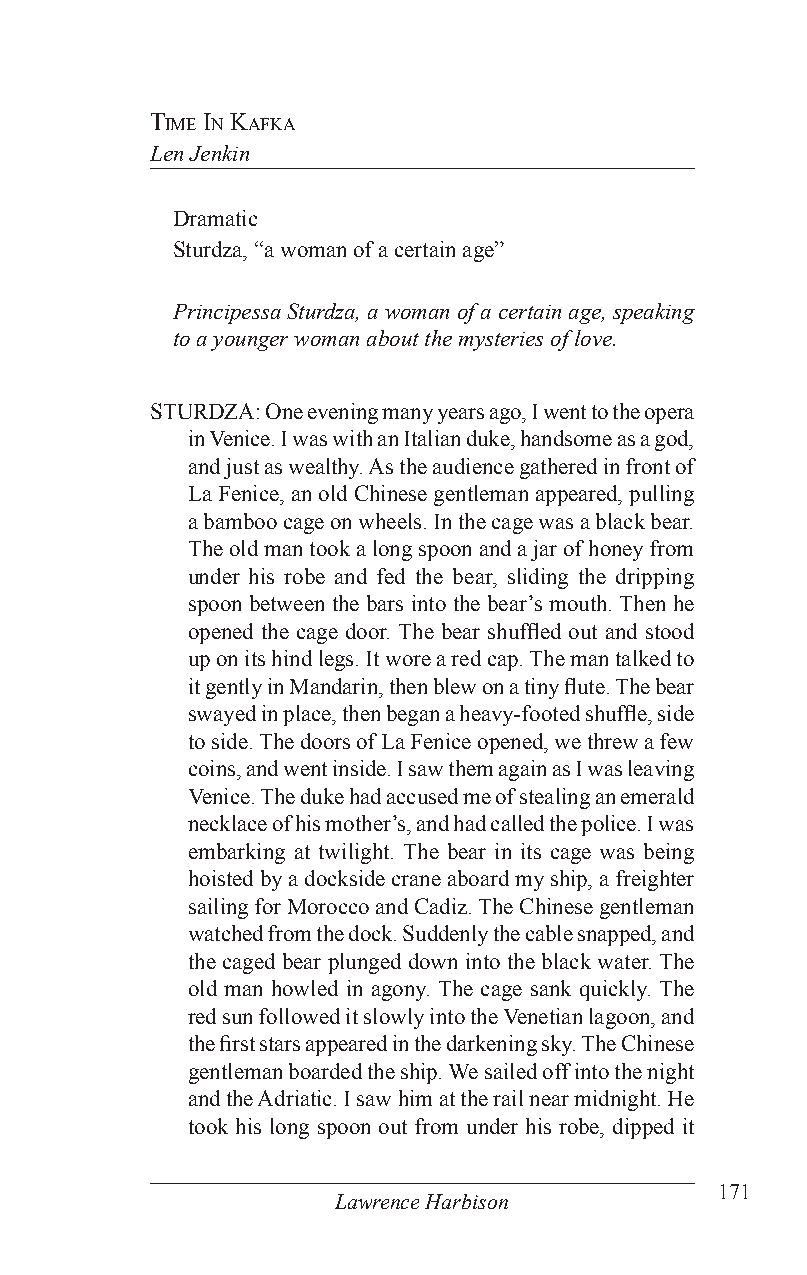
Time in KafKa
 Len Jenkin
 Dramatic
 Sturdza, “a woman of a certain age”
 Principessa Sturdza, a woman of a certain age, speaking
 to a younger woman about the mysteries of love.
 STURDZA: One evening many years ago, I went to the opera
 in Venice. I was with an Italian duke, handsome as a god,
 and just as wealthy. As the audience gathered in front of
 La Fenice, an old Chinese gentleman appeared, pulling
 a bamboo cage on wheels. In the cage was a black bear.
 The old man took a long spoon and a jar of honey from
 under his robe and fed the bear, sliding the dripping
 spoon between the bars into the bear’s mouth. Then he
 opened the cage door. The bear shuffled out and stood
 up on its hind legs. It wore a red cap. The man talked to
 it gently in Mandarin, then blew on a tiny flute. The bear
 swayed in place, then began a heavy-footed shuffle, side
 to side. The doors of La Fenice opened, we threw a few
 coins, and went inside. I saw them again as I was leaving
 Venice. The duke had accused me of stealing an emerald
 necklace of his mother’s, and had called the police. I was
 embarking at twilight. The bear in its cage was being
 hoisted by a dockside crane aboard my ship, a freighter
 sailing for Morocco and Cadiz. The Chinese gentleman
 watched from the dock. Suddenly the cable snapped, and
 the caged bear plunged down into the black water. The
 old man howled in agony. The cage sank quickly. The
 red sun followed it slowly into the Venetian lagoon, and
 the first stars appeared in the darkening sky. The Chinese
 gentleman boarded the ship. We sailed off into the night
 and the Adriatic. I saw him at the rail near midnight. He
 took his long spoon out from under his robe, dipped it
 171
 Lawrence Harbison